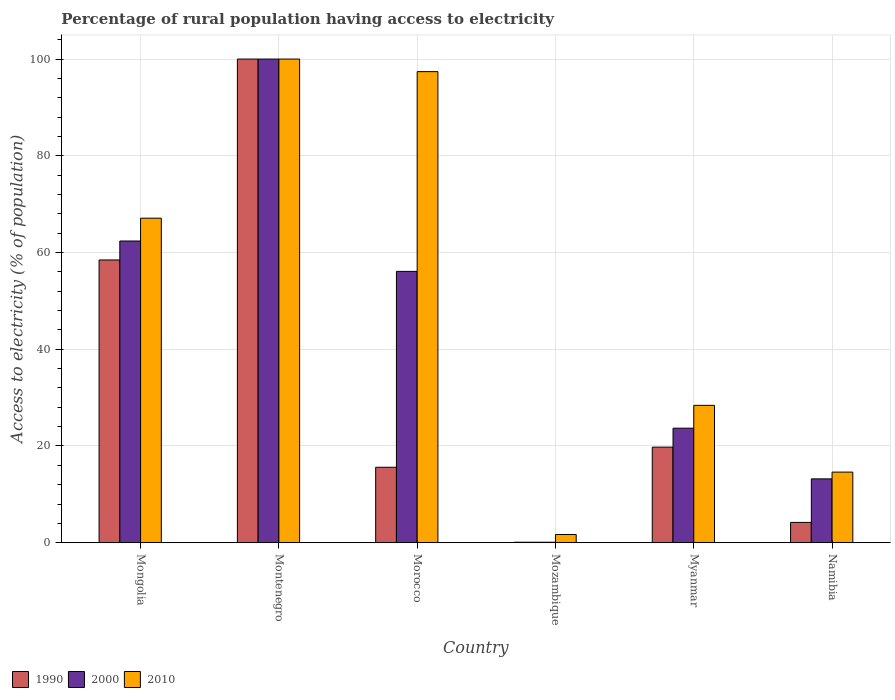
| Country | 1990 | 2000 | 2010 |
 | --- | --- | --- | --- |
 | Mongolia | 58.5 | 62.4 | 67.1 |
 | Montenegro | 100 | 100 | 100 |
 | Morocco | 15.6 | 56.1 | 97.4 |
 | Mozambique | 0.1 | 0.1 | 1.7 |
 | Myanmar | 19.8 | 23.7 | 28.4 |
 | Namibia | 4.2 | 13.2 | 14.6 |